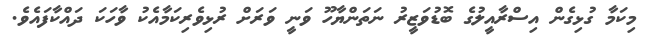
މިކަމާ ގުޅިގެން އިސްރާއީލުގެ ބޮޑުވަޒީރު ނަތަންޔާހޫ ވަނީ ވަރަށް ރުޅިވެރިކަމާއެކު ވާހަކަ ދައްކާފައެވެ.